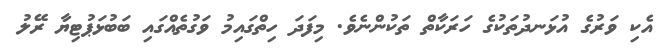
އެކި ވަރުގެ އުޅަނދުތަކުގެ ހަރަކާތް ތަކުންނެވެ. މިފަދަ ހިތްގައިމު ވަގުތެއްގައި ބަބުޅަޕުޓިޔާ ރޭލު